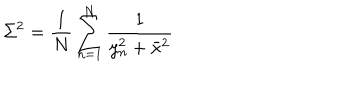
LaTeX: \Sigma ^ { 2 } = \frac { 1 } { N } \sum _ { n = 1 } ^ { N } \frac { 1 } { y _ { n } ^ { 2 } + \bar { x } ^ { 2 } }